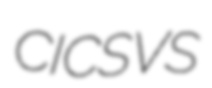
CICSVS